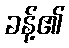
ခန့်၏